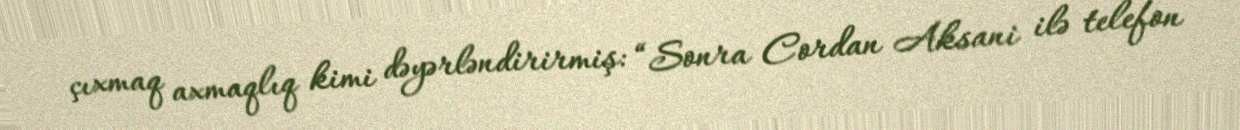
çıxmaq axmaqlıq kimi dəyərləndirirmiş: “Sonra Cordan Aksani ilə telefon